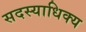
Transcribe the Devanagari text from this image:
सदस्याधिक्य